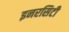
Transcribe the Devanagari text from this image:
इनरसिटी